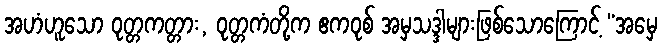
အဟံဟူသော ဝုတ္တကတ္တား, ဝုတ္တကံတို့က ဧကဝုစ် အမှသဒ္ဒါများဖြစ်သောကြောင့် “အမှေ